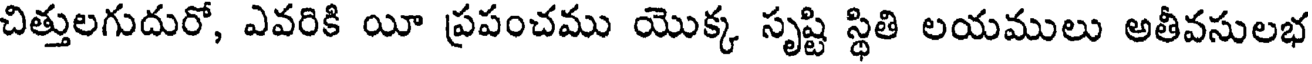
చిత్తులగుదురో, ఎవరికి యీ ప్రపంచము యొక్క సృష్టి స్థితి లయములు అతీవసులభ